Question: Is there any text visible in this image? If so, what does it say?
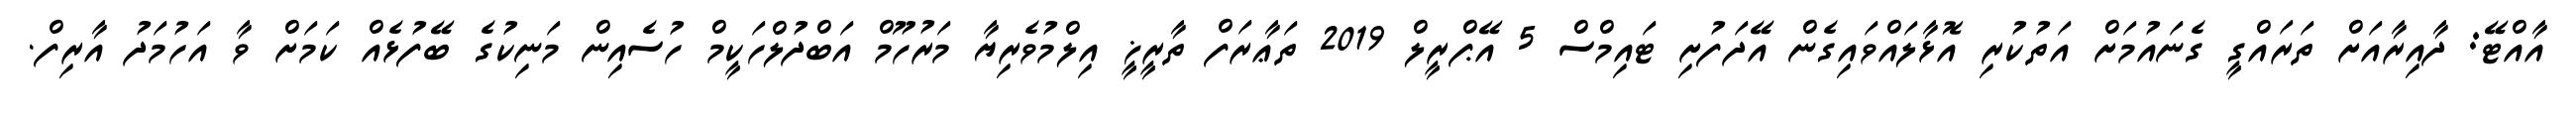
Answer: އާއްޓޭ: ދާއިރާއަށް ތަރައްގީ ގެނައުމަށް އަތުކުރި އޮޅާލައްވައިގެން އޭދަފުށި ޓައިމްސް 5 އޭޕްރީލް 2019 ތަޢާރަފް ތާރީޚީ އިލްމުވެރިޔާ މަރުހޫމް އަބްދުލްހަކީމް ހުސެއިން މަނިކުގެ ބޭފުޅެއް ކަމަށް ވާ އަހުމަދު އާރިފް.